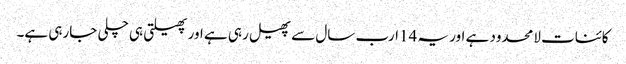
کائنات لامحدود ہے اور یہ 14ارب سال سے پھیل رہی ہے اور پھیلتی ہی چلی جارہی ہے۔